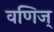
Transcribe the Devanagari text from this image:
वणिज्